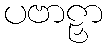
ပဗာဠှာ